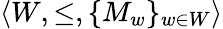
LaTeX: \langle W,\leq,\{ M_{w}\} _{w\in W}\rangle